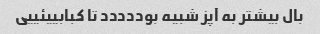
بال بیشتر به آپز شبیه بوددددد تا کبابییئییی